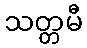
သတ္တမီ